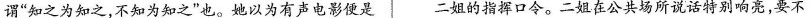
谓“知之为知之，不知为知之”也。她以为有声电影便是 二姐的指挥口令。二姐在公共场所说话特别响亮，要不